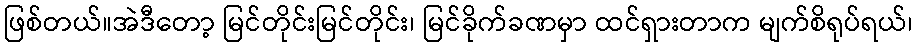
ဖြစ်တယ်။အဲဒီတော့ မြင်တိုင်းမြင်တိုင်း၊ မြင်ခိုက်ခဏမှာ ထင်ရှားတာက မျက်စိရုပ်ရယ်၊